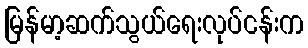
မြန်မာ့ဆက်သွယ်ရေးလုပ်ငန်းက